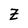
Character: Z